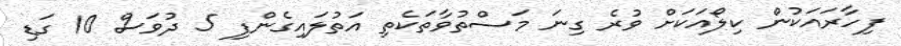
ފިހާރައަކުން ކިލޯއަކަށް ވުރެ ގިނަ މަސްތުވާތަކެތި އަތުލައިގެންފި 5 ދުވަސް 10 ގަޑި